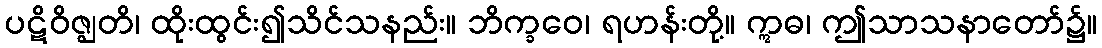
ပဋိဝိဇ္ဈတိ၊ ထိုးထွင်း၍သိင်သနည်း။ ဘိက္ခဝေ၊ ရဟန်းတို့။ ဣဓ၊ ဤသာသနာတော်၌။